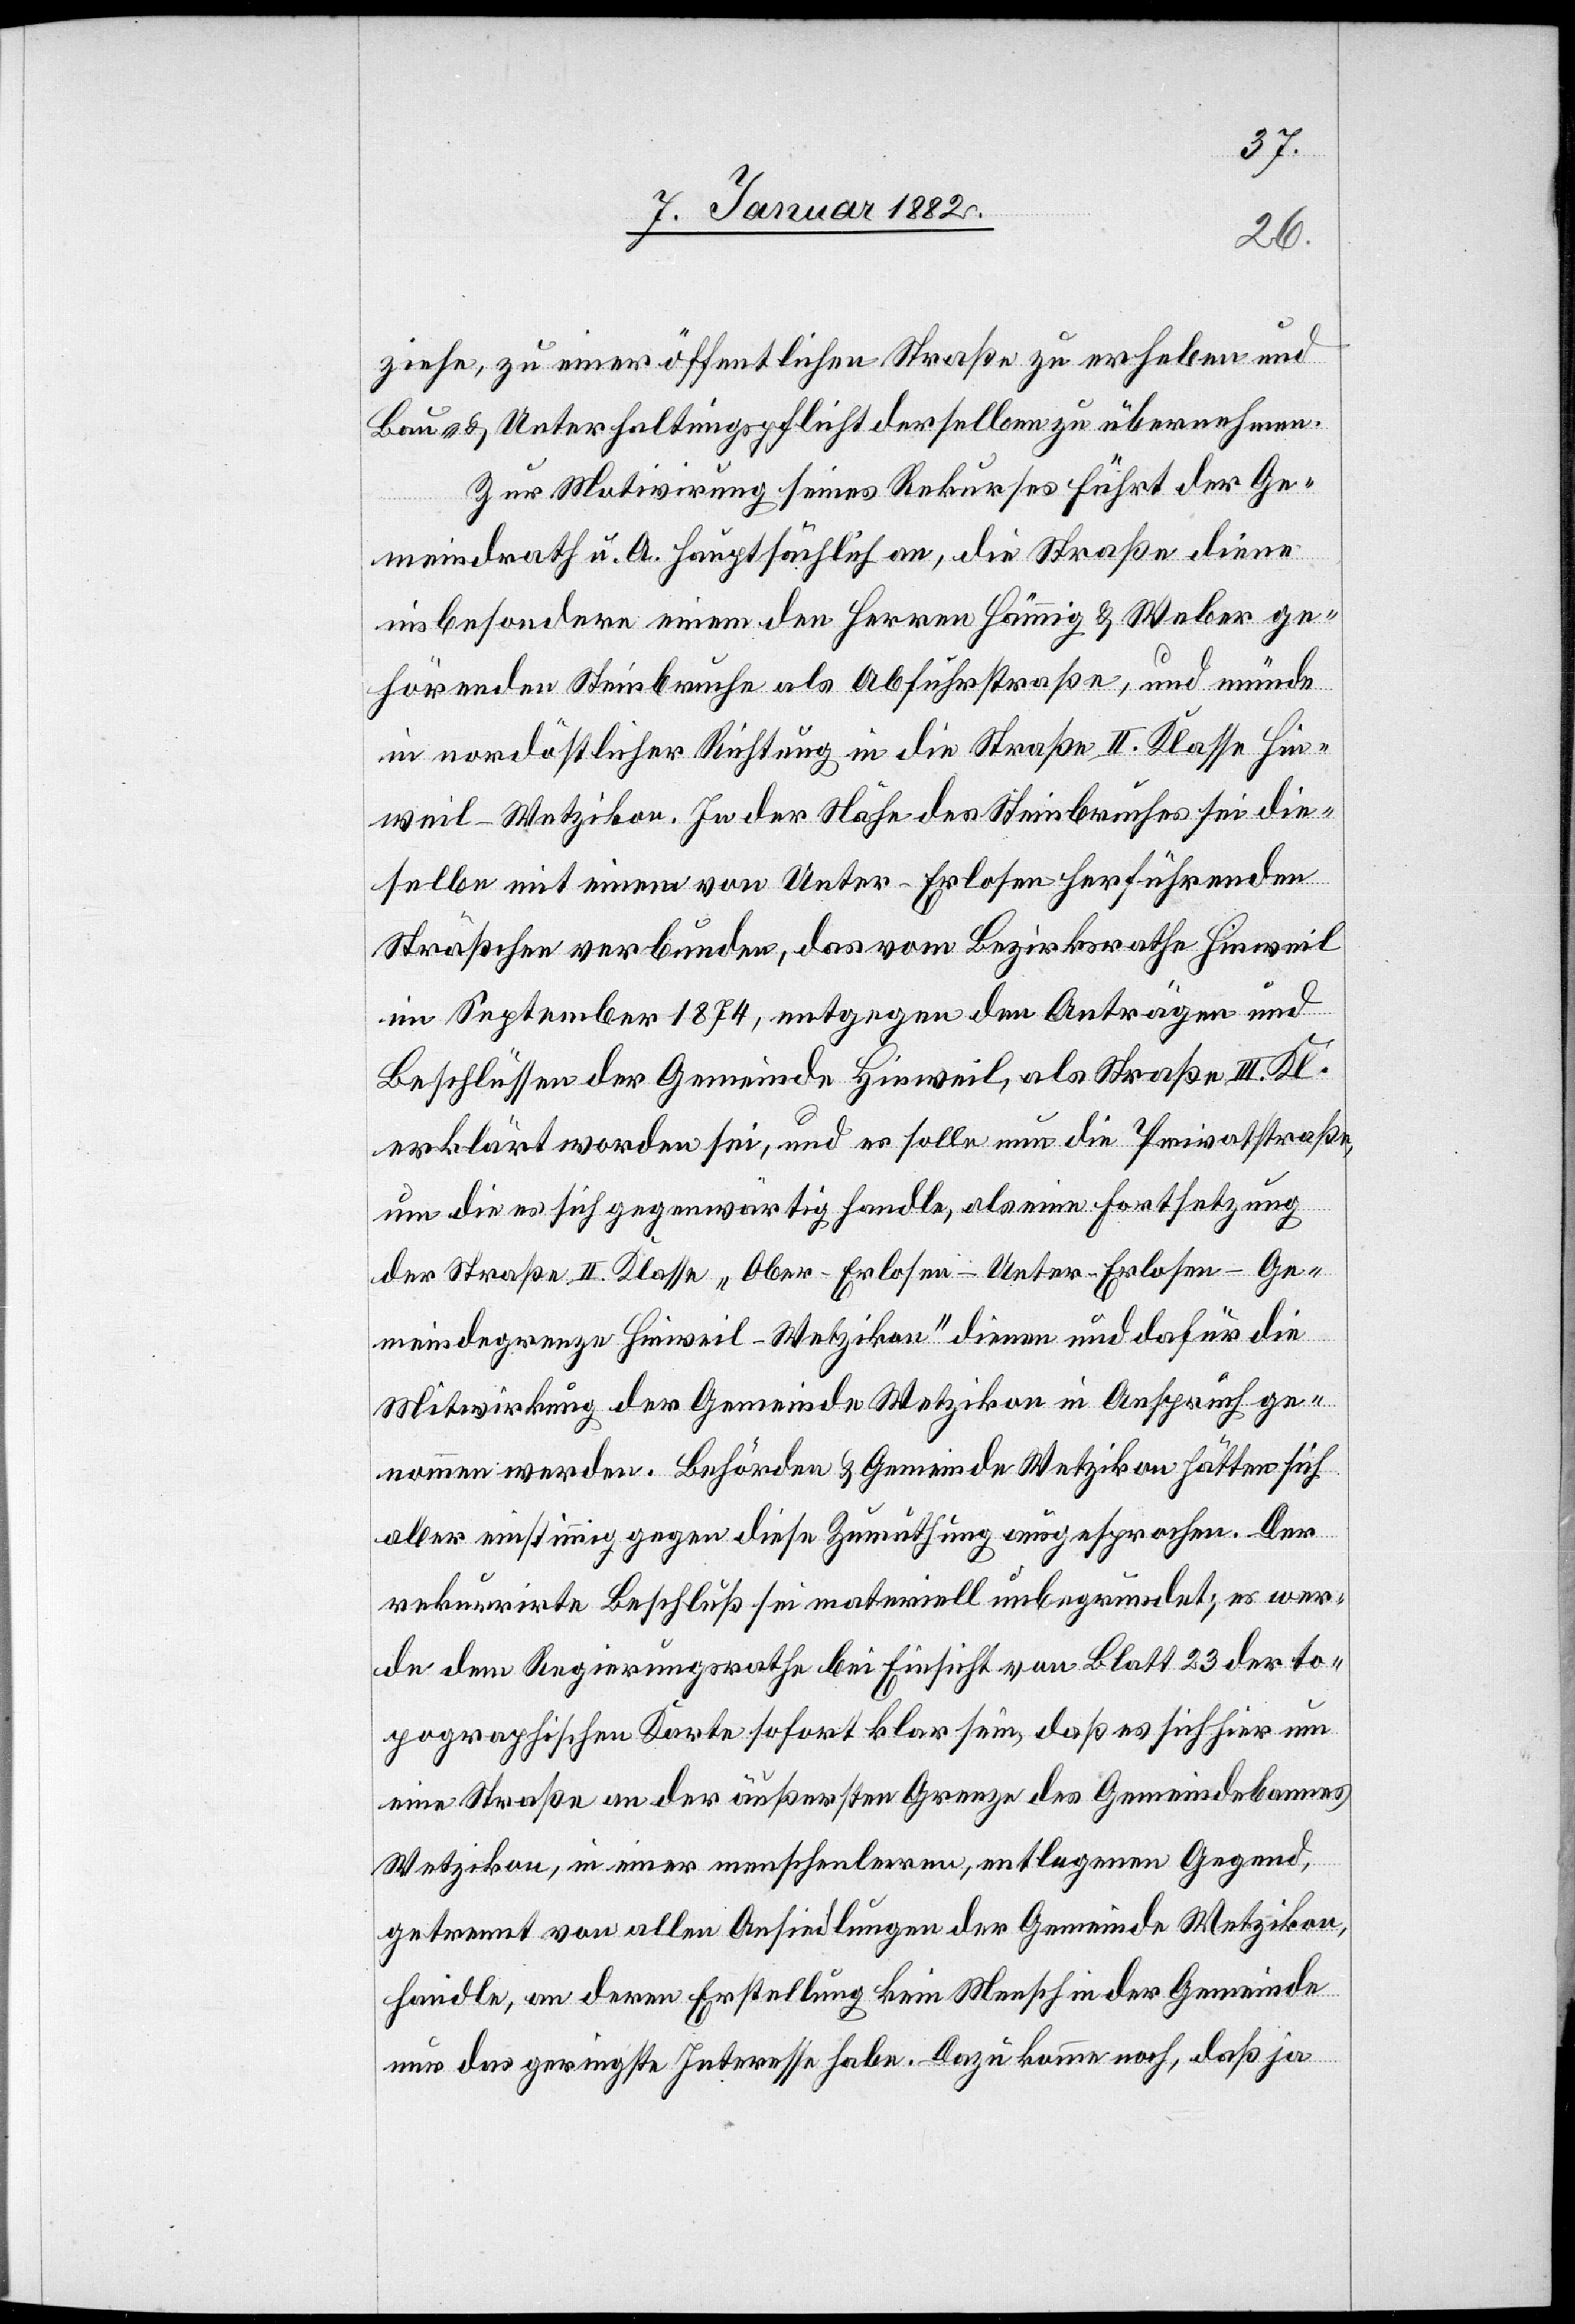
ziehe, zu einer öffentlichen Straße zu erheben und
Bau- & Unterhaltungspflicht derselben zu übernehmen.
Zur Motivirung seines Rekurses führt der Ge¬
meindraht u. A. hauptsächlich an, die Straße diene
insbesondere einem den Herren Hämmig & Weber ge¬
hörenden Steinbruche als Abfuhrstraße, und münde
in nordöstlicher Richtung in die Straße II. Klasse Hin¬
weil–Wetzikon. In der Nähe des Steinbruches sei die¬
selbe mit einem von Unter-Erlosen herführenden
Sträßchen verbunden, das vom Bezirksrathe Hinweil
im September 1874, entgegen den Anträgen und
Beschlüssen der Gemeinde Hinweil, als Straße III. Kl.
erklärt worden sei, und es solle nun die Privatstraße,
um die es sich gegenwärtig handle, als eine Fortsetzung
der Straße II. Klasse „Ober-Erlosen–Unter-Erlosen–Ge¬
meindegrenze Hinweil–Wetzikon“ dienen und dafür die
Mitwirkung der Gemeinde Wetzikon in Anspruch ge¬
nommen werden. Behörden & Gemeinde Wetzikon hätten sich
aber einstimmig gegen diese Zumuthung ausgesprochen. Der
rekurrierte Beschluß sei materiell unbegründet; es wer¬
de dem Regierungsrathe bei Einsicht von Blatt 23 der to¬
pographischen Karte sofort klar sein, daß es sich hier um
eine Straße an der äußersten Grenze des Gemeindebanns
Wetzikon, in einer menschenleeren, entlegenen Gegend,
getrennt von allen Ansiedlungen der Gemeinde Wetzikon,
handle, an deren Erstellung kein Mensch in der Gemeinde
nur das geringste Interesse habe. Dazu komme noch, daß ja